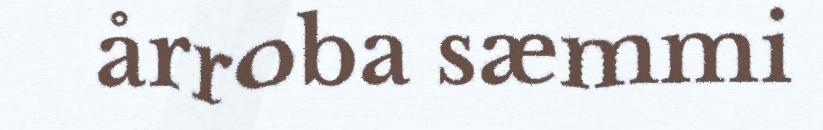
årroba sæmmi